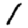
Digit: 1